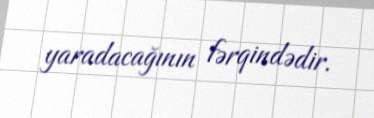
yaradacağının fərqindədir.